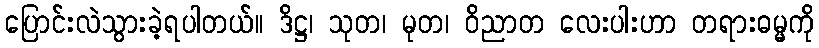
ပြောင်းလဲသွားခဲ့ရပါတယ်။ ဒိဋ္ဌ၊ သုတ၊ မုတ၊ ဝိညာတ လေးပါးဟာ တရားဓမ္မကို